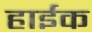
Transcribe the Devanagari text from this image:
हाईक